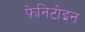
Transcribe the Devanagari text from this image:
फ़ेनिटोइन